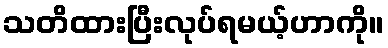
သတိထားပြီးလုပ်ရမယ့်ဟာကို။